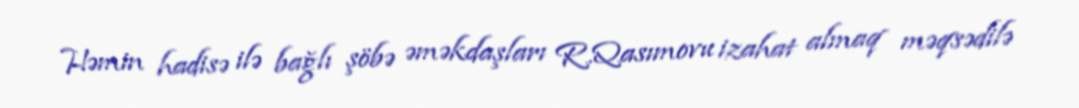
Həmin hadisə ilə bağlı şöbə əməkdaşları R.Qasımovu izahat almaq məqsədilə